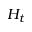
H _ { t }